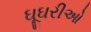
ઘૂઘરીઓ